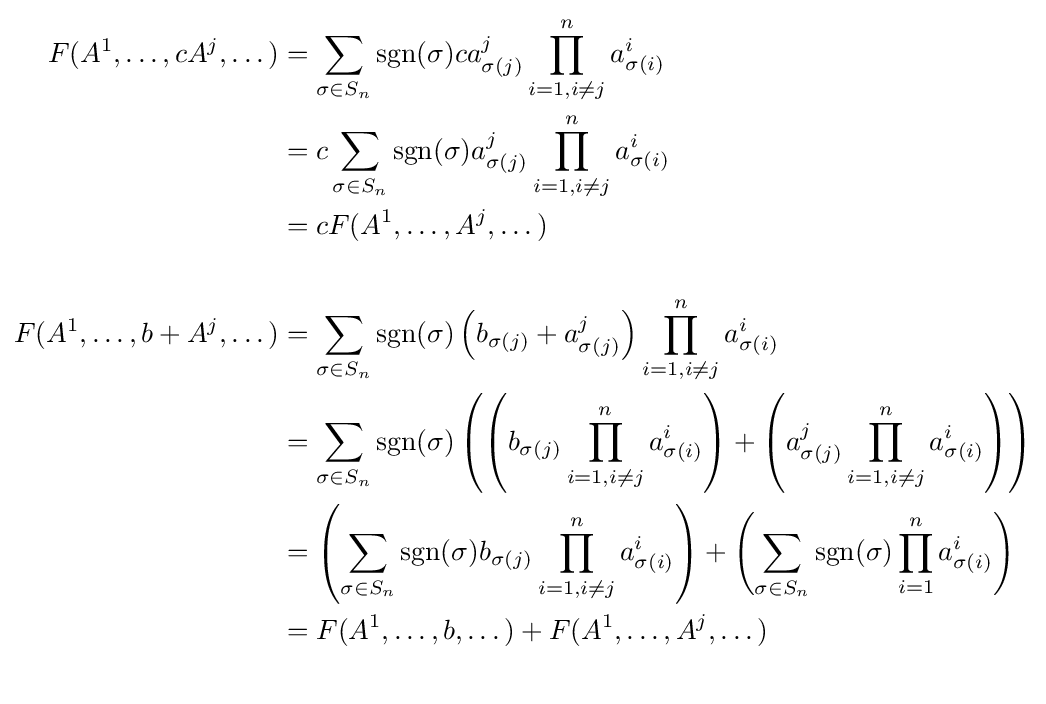
{\begin{aligned}F(A^{1},\dots ,cA^{j},\dots )&=\sum _{\sigma \in S_{n}}\operatorname {sgn} (\sigma )ca_{\sigma (j)}^{j}\prod _{i=1,i\neq j}^{n}a_{\sigma (i)}^{i}\\&=c\sum _{\sigma \in S_{n}}\operatorname {sgn} (\sigma )a_{\sigma (j)}^{j}\prod _{i=1,i\neq j}^{n}a_{\sigma (i)}^{i}\\&=cF(A^{1},\dots ,A^{j},\dots )\\\\F(A^{1},\dots ,b+A^{j},\dots )&=\sum _{\sigma \in S_{n}}\operatorname {sgn} (\sigma )\left(b_{\sigma (j)}+a_{\sigma (j)}^{j}\right)\prod _{i=1,i\neq j}^{n}a_{\sigma (i)}^{i}\\&=\sum _{\sigma \in S_{n}}\operatorname {sgn} (\sigma )\left(\left(b_{\sigma (j)}\prod _{i=1,i\neq j}^{n}a_{\sigma (i)}^{i}\right)+\left(a_{\sigma (j)}^{j}\prod _{i=1,i\neq j}^{n}a_{\sigma (i)}^{i}\right)\right)\\&=\left(\sum _{\sigma \in S_{n}}\operatorname {sgn} (\sigma )b_{\sigma (j)}\prod _{i=1,i\neq j}^{n}a_{\sigma (i)}^{i}\right)+\left(\sum _{\sigma \in S_{n}}\operatorname {sgn} (\sigma )\prod _{i=1}^{n}a_{\sigma (i)}^{i}\right)\\&=F(A^{1},\dots ,b,\dots )+F(A^{1},\dots ,A^{j},\dots )\\\\\end{aligned}}